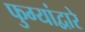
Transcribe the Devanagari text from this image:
फुग्यांद्वारे